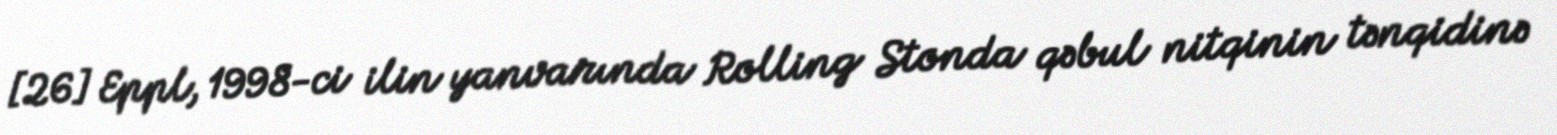
[26] Eppl, 1998-ci ilin yanvarında Rolling Stonda qəbul nitqinin tənqidinə